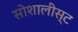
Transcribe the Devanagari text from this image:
सोशालीस्ट